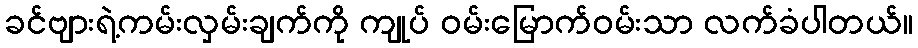
ခင်ဗျားရဲ့ကမ်းလှမ်းချက်ကို ကျုပ် ဝမ်းမြောက်ဝမ်းသာ လက်ခံပါတယ်။